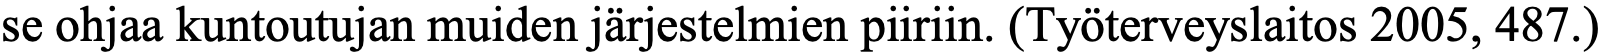
se ohjaa kuntoutujan muiden järjestelmien piiriin. (Työterveyslaitos 2005, 487.)